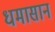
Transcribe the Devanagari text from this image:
धमासान